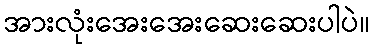
အားလုံးအေးအေးဆေးဆေးပါပဲ။